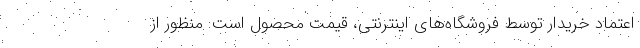
اعتماد خریدار توسط فروشگاه‌های اینترنتی، قیمت محصول است. منظور از